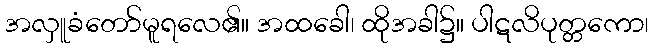
အလှူခံတော်မူရလေ၏။ အထခေါ၊ ထိုအခါ၌။ ပါဋလိပုတ္တကော၊